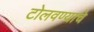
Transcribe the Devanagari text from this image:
टोलवण्याचे